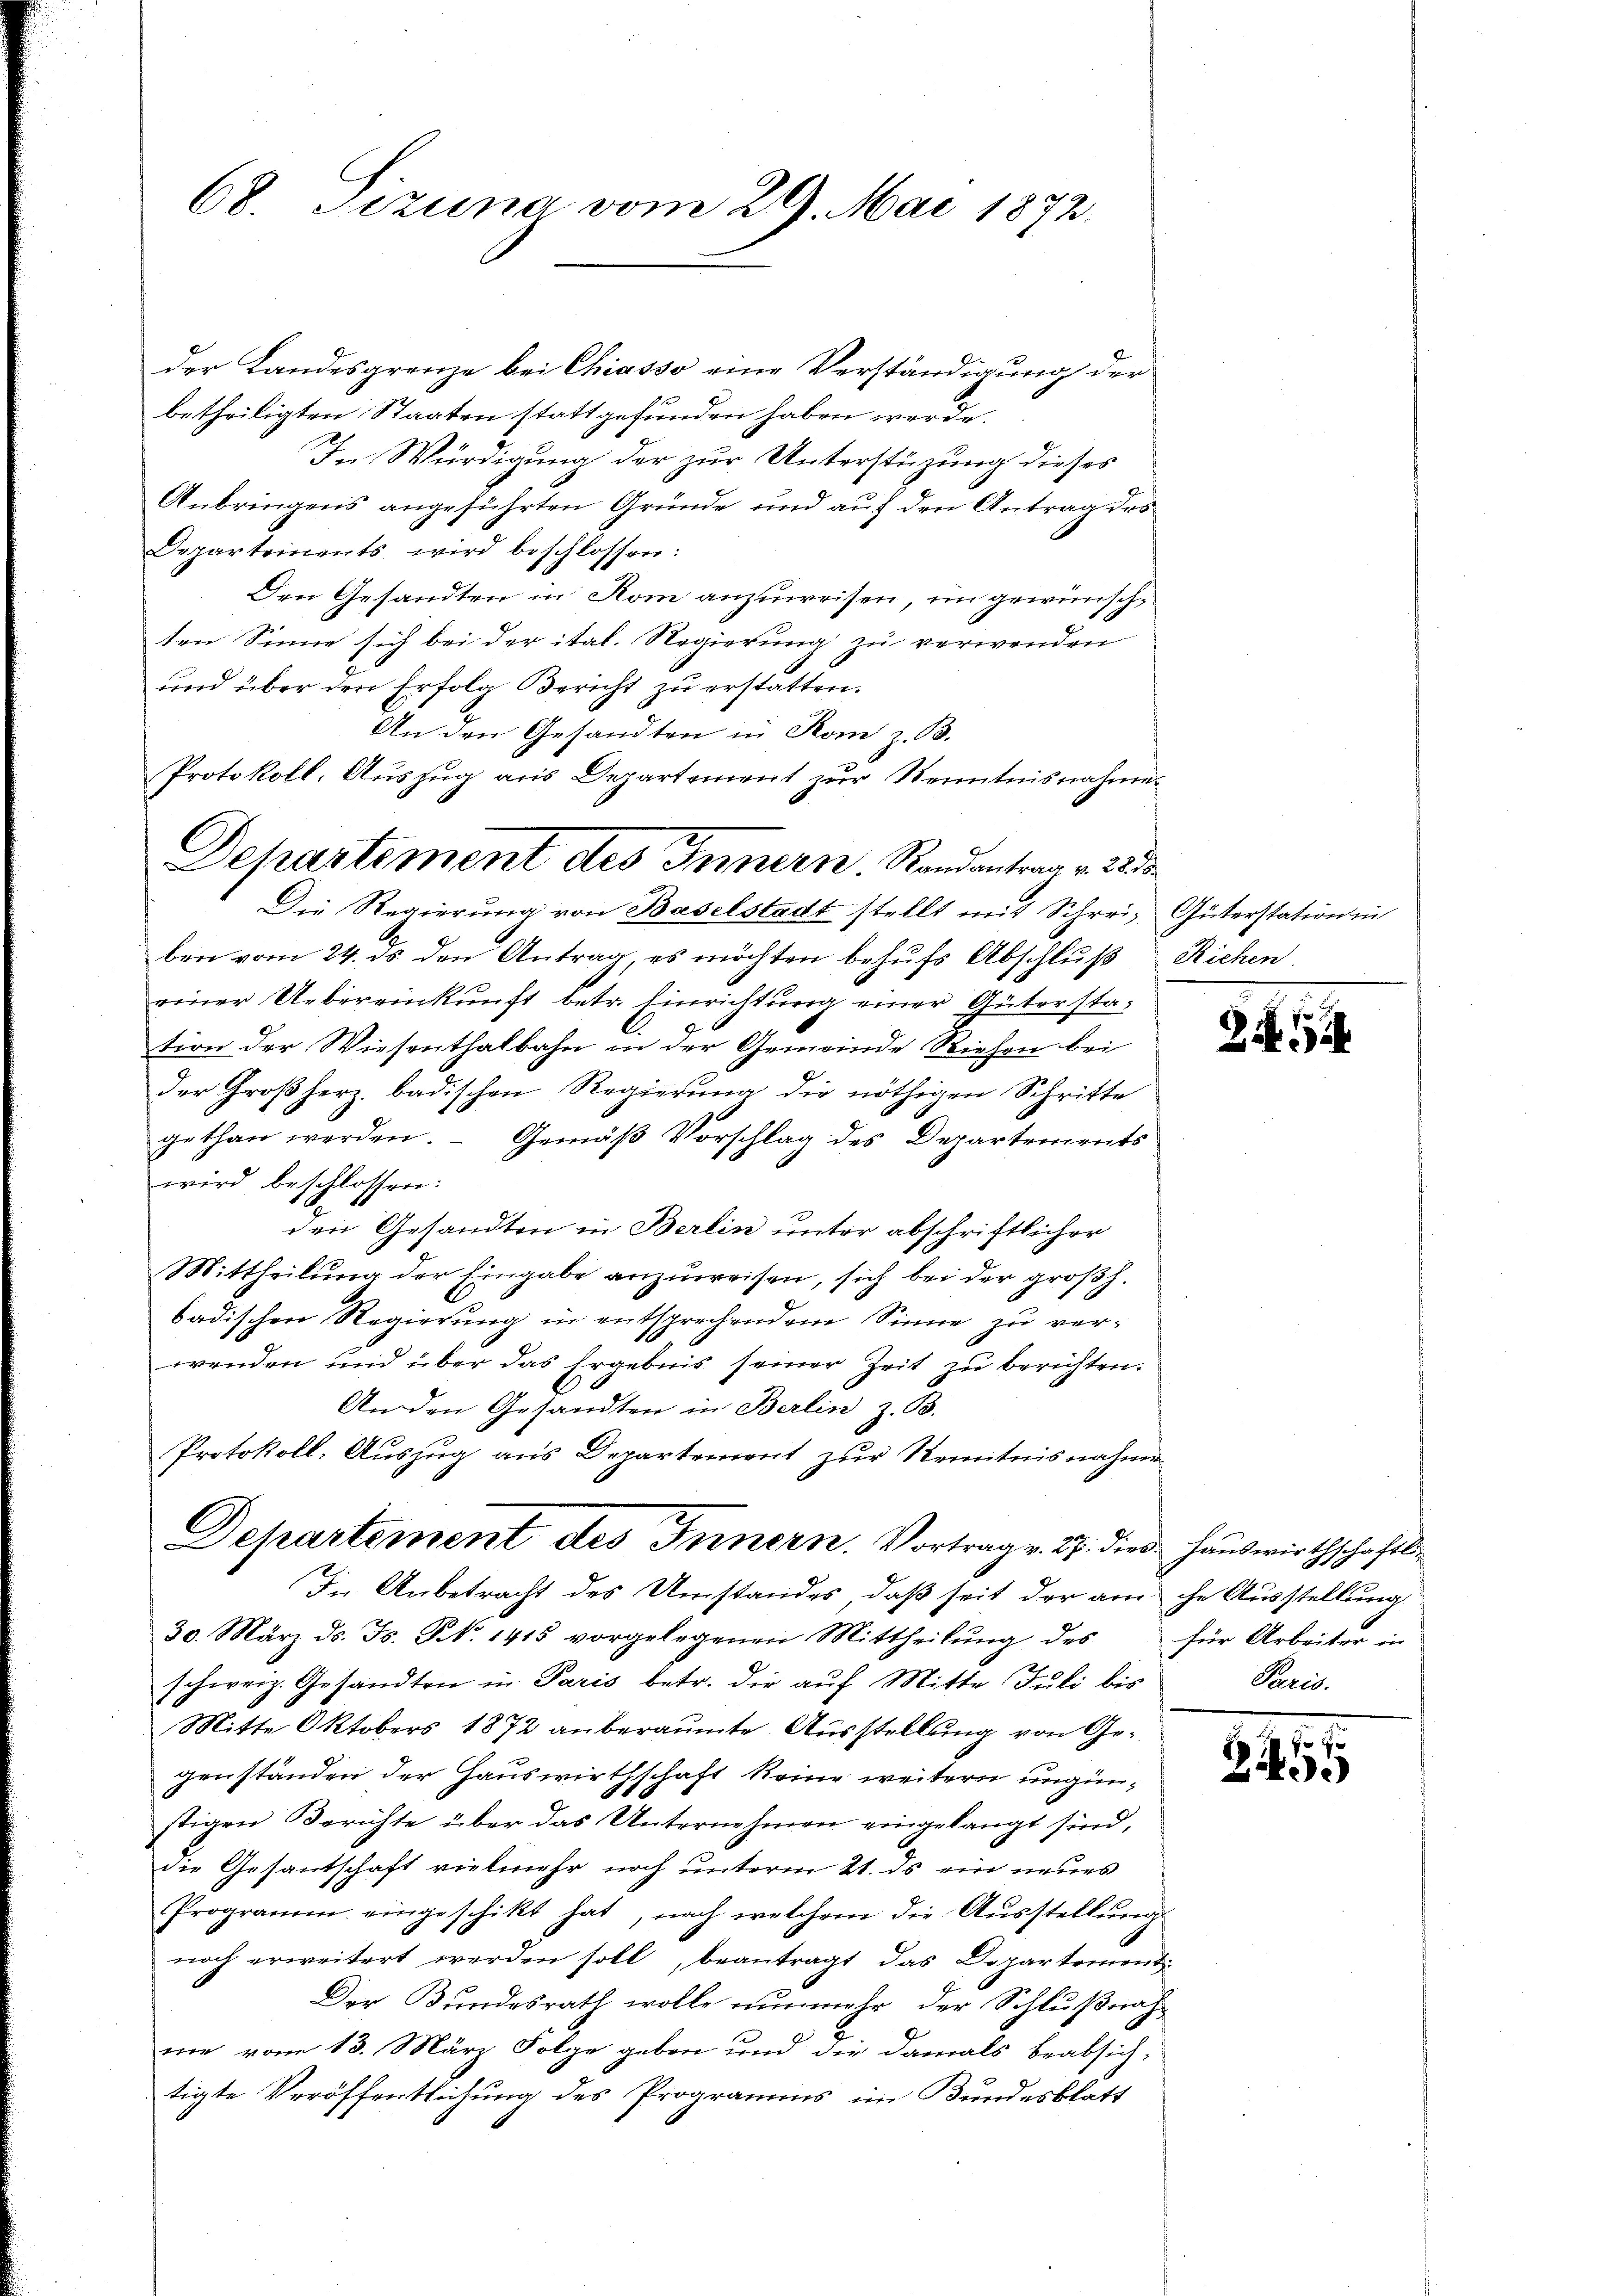
68. Sizung vom 29. Mai 1872.

der Landesgrenze bei Chiasso eine Verständigung der
betheiligten Staaten stattgefunden haben werde.
In Würdigung der zur Unterstüzung dieses
Anbringens angeführten Gründe und auf den Antrag des
Departeinents wird beschlossen:
Den Gesandten in Rom anzuweisen, im gewünschten Sinne sich bei der ital. Regierung zu verwenden
und über den Erfolg Bericht zu erstatten.
An den Gesandten in Rom z. B.
Protokoll. Aŭszŭg aŭs Departement zŭr Kenntnisnahme

ben vom 24. ds. den Antrag, es möchten behufs Abschluß Richen.
einer Uebereinkunft betr. Einrichtung einer Güterstation der Wiesenthalbahn in der Gemeinde Riehen bei
Der Großherz badischen Regierŭng die nöthigen Schritte
gethan werden. - Gemäß Vorschlag des Departements
wird beschlossen:
den Gesandten in Berlin unter abschriftlicher
Mittheilung der Eingabe anzuweisen, sich bei der großh.
badischen Regierung in entsprechendem Sinne zu verwenden und über das Ergebnis seiner Zeit zu berichten.
An den Gesandten in Berlin z. B.
Protokoll. Auszug aus Departement zur Kenntnisnahme

Departement des Innern. Randantrag v. 22 d
Die Regierŭng von Baselstadt stellt mit Schrei Güterstation ein

Departement des Innern. Vortrag v. 27. dies Hauswirthschaftli¬
In Anbetracht des Umstandes, daß seit der am che Ausstellung

30. März ds. Fs. N. 1415 vorgelegenen Mittheilŭng des für Arbeiter in
schweiz. Gesandten in Paris betr. die auf Mitte Juli bis
Mitte Oktobers 1872 anberaumte Ausstellung von Gegenständen der Hauswirthschaft keine weitern ungünstigen Berichte über das Unternehmen eingelangt sind,
die Gesantschaft vielmehr noch unterm 21. ds ein neues
Programm eingeschikt hat, nach welchem die Aŭsstellŭng
noch erweitert werden soll, beantragt das Departement
Der Bundesrath wolle nunmehr der Schlußnahme vom 13. März Folge geben und die damals beabsichtigte Veröffentlichung des Programms im Bundesblatt

Z

Can.

e
Z.